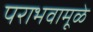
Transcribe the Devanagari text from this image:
पराभवामूळे